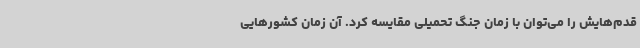
قدم‌هایش را می‌توان با زمان جنگ تحمیلی مقایسه کرد. آن زمان کشورهایی